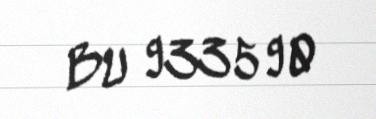
BU 933590